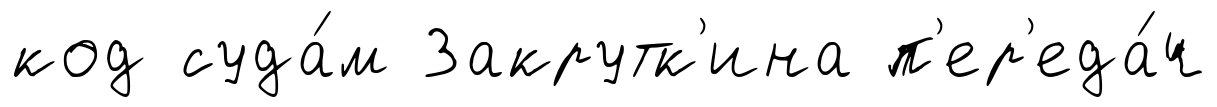
код суда́м Закрутк'ина п'ер'еда́ч